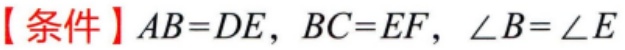
【条件】$AB = DE, BC = EF, \angle B=\angle E$